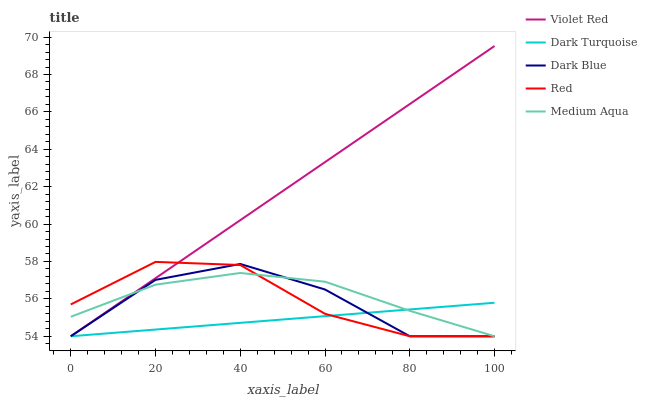
| xaxis_label | Violet Red | Dark Turquoise | Dark Blue | Red | Medium Aqua |
 | --- | --- | --- | --- | --- | --- |
 | 0 | 54 | 54 | 54 | 55.7 | 55 |
 | 20 | 57.1 | 54.4 | 57 | 58 | 56.8 |
 | 40 | 60.2 | 54.7 | 57.9 | 57.8 | 57.4 |
 | 60 | 63.3 | 55.1 | 56.5 | 55.2 | 56.9 |
 | 80 | 66.4 | 55.4 | 54 | 54 | 55.4 |
 | 100 | 69.5 | 55.8 | 54 | 54 | 54 |